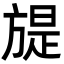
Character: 𣄍